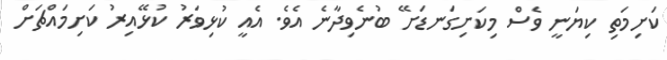
ކަށިމަތި ކިޔަނީ ވެސް މިކަށިގަނޑަށޭ ބުނެވިދާނެ އެވެ. އެއީ ކުޅިވަރު ކުޅޭއިރު ކަށިމައްޗަށް